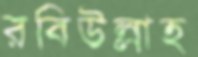
রবিউল্লাহ